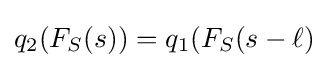
q_{2}(F_{S}(s))=q_{1}(F_{S}(s-\ell )